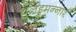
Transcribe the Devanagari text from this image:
थलइमन्‍नार